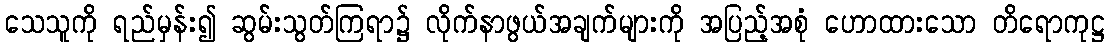
သေသူကို ရည်မှန်း၍ ဆွမ်းသွတ်ကြရာ၌ လိုက်နာဖွယ်အချက်များကို အပြည့်အစုံ ဟောထားသော တိရောကုဋ္ဌ